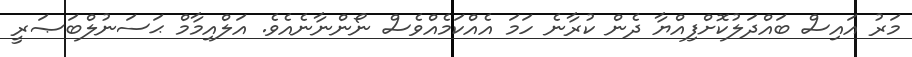
މަރު އައިސް ބައްދަލުކޮށްފިއްޔާ ދެން ކުރާނެ ހަމަ އެއްކަމެއްވެސް ނޯންނާނެއެވެ. އަލްއިމާމް ޙަސަނުލްބަޞަރީ